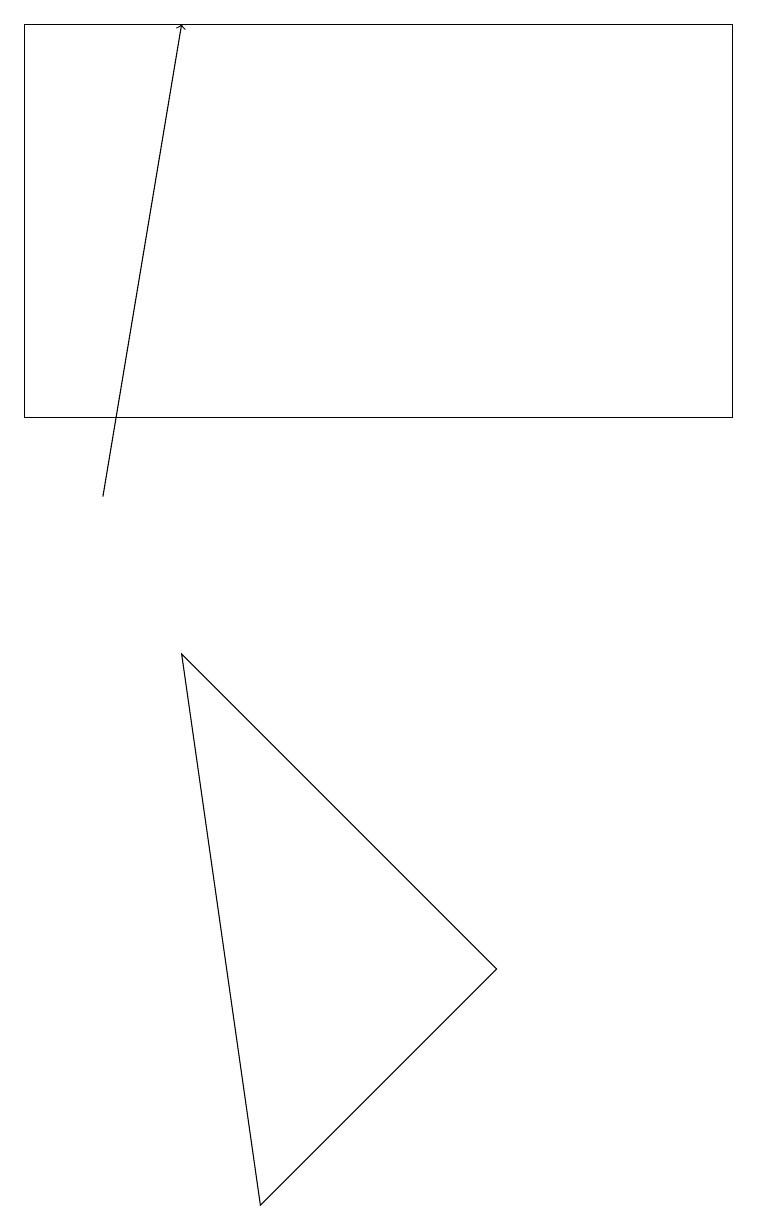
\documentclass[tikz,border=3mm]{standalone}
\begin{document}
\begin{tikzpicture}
\draw (0,16) rectangle (9,11);
\draw[->] (1,10) -- (2,16);
\draw (6,4) -- (3,1) -- (2,8) -- cycle;
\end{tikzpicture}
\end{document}